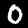
Digit: 0